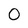
Character: 0